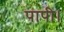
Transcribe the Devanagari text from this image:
पापी।